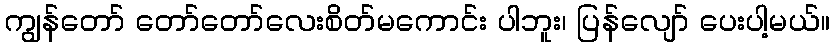
ကျွန်တော် တော်တော်လေးစိတ်မကောင်း ပါဘူး၊ ပြန်လျော် ပေးပါ့မယ်။